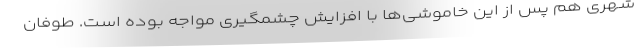
شهری هم پس از این خاموشی‌ها با افزایش چشمگیری مواجه بوده است. طوفان